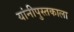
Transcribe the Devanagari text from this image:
यांनीपुस्तकाला